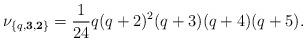
LaTeX: \begin{align*}\nu_{\{q,{\bf 3},{\bf 2}\}} = {1\over 24}q(q+2)^2(q+3)(q+4)(q+5).\end{align*}